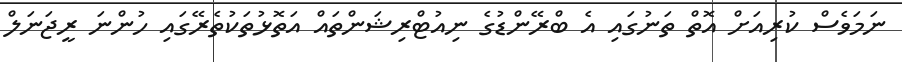
ނަމަވެސް ކުރިއަށް އޮތް ތަނުގައި އެ ބްރޭންޑުގެ ނިއުޓްރިޝަންތައް އަތޮޅުތަކުތެރޭގައި ހުންނަ ރީޖަނަލް